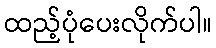
ထည့်ပုံပေးလိုက်ပါ။